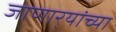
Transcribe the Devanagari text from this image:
जाणार्‍यांच्या